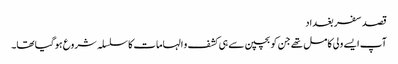
قصد سفر بغداد
آپ ایسے ولی کامل تھے جن کو بچپن سے ہی کشف و الہامات کا سلسلہ شروع ہوگیا تھا۔